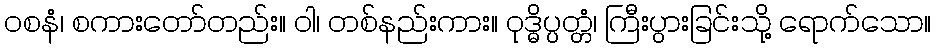
ဝစနံ၊ စကားတော်တည်း။ ဝါ၊ တစ်နည်းကား။ ဝုဒ္ဓိပ္ပတ္တံ၊ ကြီးပွားခြင်းသို့ ရောက်သော။